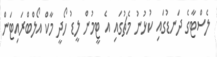
ލެސްޓާގެ ދަނޑުގައި ކުޅުނު މެޗުގައި އެ ޓީމުން ލީޑު ހޯދީ މާކް އޯލްބްރައިޓަން